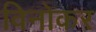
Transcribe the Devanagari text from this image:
विनोकर